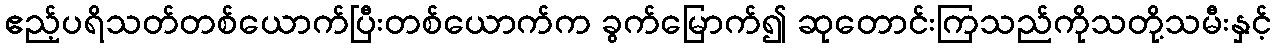
ဧည့်ပရိသတ်တစ်ယောက်ပြီးတစ်ယောက်က ခွက်မြောက်၍ ဆုတောင်းကြသည်ကိုသတို့သမီးနှင့်